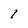
Character: 1